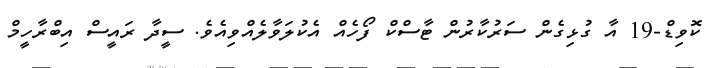
ކޮވިޑް-19 އާ ގުޅިގެން ސަރުކާރުން ޓާސްކް ފޯހެއް އެކުލަވާލެއްވިއެވެ. ސީދާ ރައީސް އިބްރާހީމް